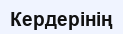
Кердерінің